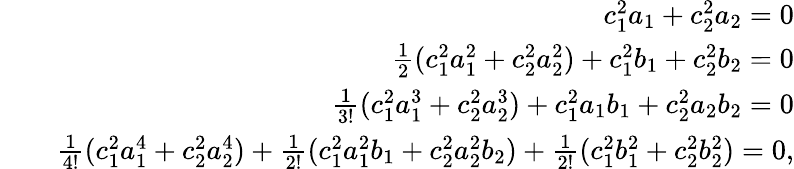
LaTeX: \begin{array}{rlr}&{}&{c_{1}^{2}a_{1}+c_{2}^{2}a_{2}=0}\\ &{}&{\frac{1}{2}(c_{1}^{2}a_{1}^{2}+c_{2}^{2}a_{2}^{2})+c_{1}^{2}b_{1}+c_{2}^{2}b_{2}=0}\\ &{}&{\frac{1}{3!}(c_{1}^{2}a_{1}^{3}+c_{2}^{2}a_{2}^{3})+c_{1}^{2}a_{1}b_{1}+c_{2}^{2}a_{2}b_{2}=0}\\ &{}&{\frac{1}{4!}(c_{1}^{2}a_{1}^{4}+c_{2}^{2}a_{2}^{4})+\frac{1}{2!}(c_{1}^{2}a_{1}^{2}b_{1}+c_{2}^{2}a_{2}^{2}b_{2})+\frac{1}{2!}(c_{1}^{2}b_{1}^{2}+c_{2}^{2}b_{2}^{2})=0,}\end{array}